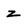
Character: z